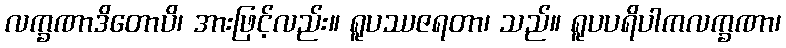
လက္ခဏာဒိတောပိ၊ အားဖြင့်လည်း။ ရူပဿဇရတာ၊ သည်။ ရူပပရိပါကလက္ခဏာ၊